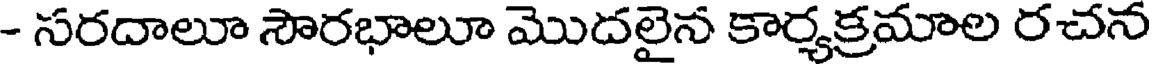
- సరదాలూ సౌరభాలూ మొదలైన కార్యక్రమాల రచన